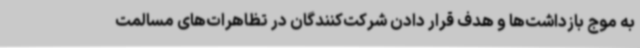
به موج بازداشت‌ها و هدف قرار دادن شرکت‌کنندگان در تظاهرات‌های مسالمت